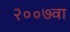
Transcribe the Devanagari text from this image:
२००७वा